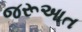
જરૂઆત